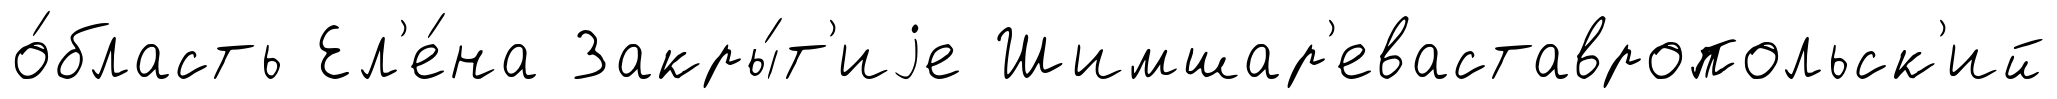
о́бласть Ел'е́на Закры́т'иjе Шимшар'еваставропольск'ий